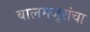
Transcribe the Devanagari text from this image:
बालमजूरांचा